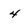
Character: 4